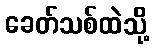
ခေတ်သစ်ထဲသို့